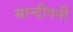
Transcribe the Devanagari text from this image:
सान्दीपनी